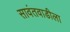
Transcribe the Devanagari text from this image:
सावंतवाडीला